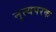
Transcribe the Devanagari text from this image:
नृत्यपरक